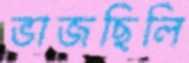
ভাজছিলি